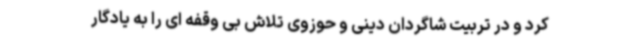
کرد و در تربیت شاگردان دینی و حوزوی تلاش بی وقفه ای را به یادگار